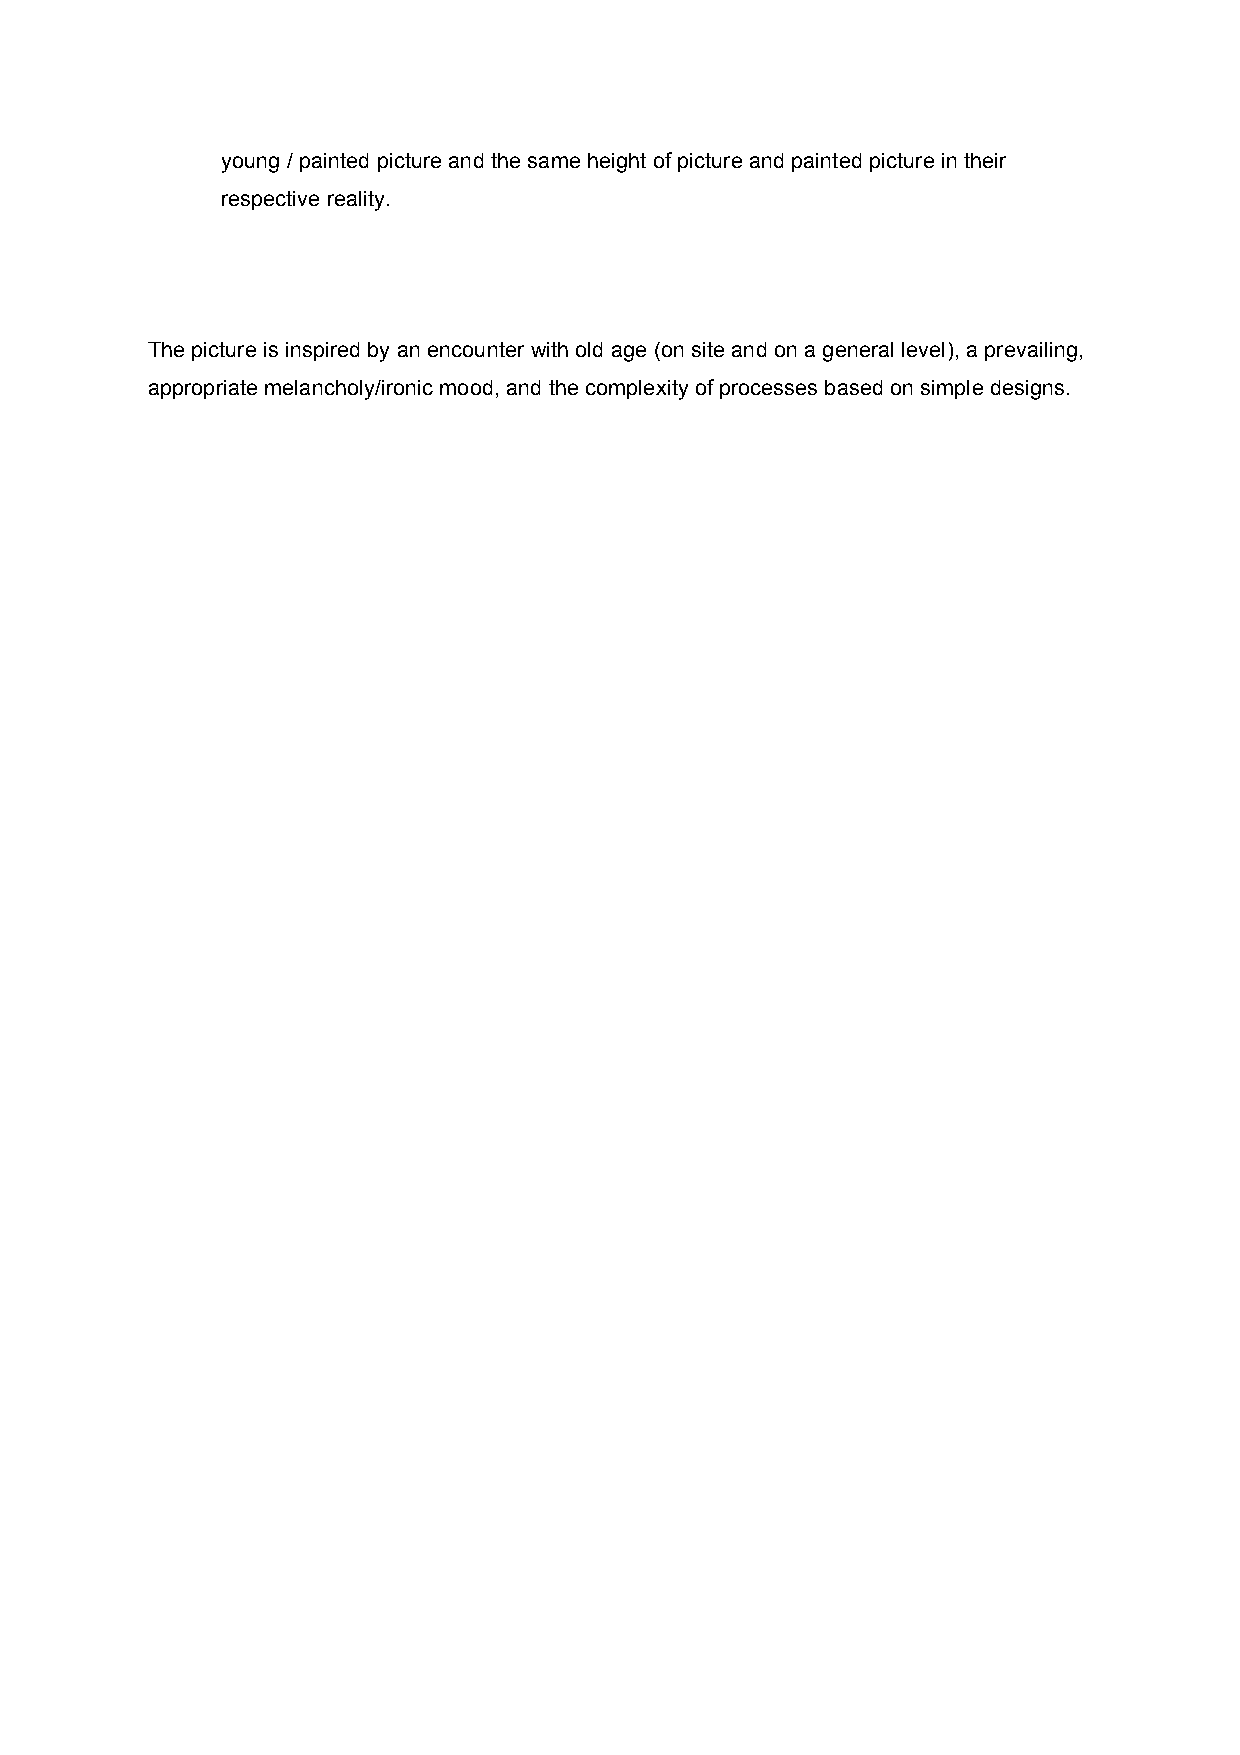
young / painted picture and the same height of picture and painted picture in their
 respective reality.
 The picture is inspired by an encounter with old age (on site and on a general level), a prevailing,
 appropriate melancholy/ironic mood, and the complexity of processes based on simple designs.